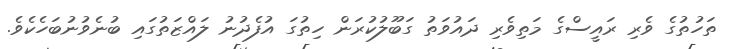
ތަހުތުގެ ވެރި ރައީސްގެ މަތިވެރި ދައުވަތު ގަބޫލުކުރަން ހިތުގަ އުފެދުނު ލައްޒަތުގައި ބުނެވުނުބަހެކެވެ.